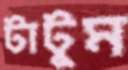
টাটুম